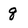
Character: q